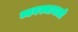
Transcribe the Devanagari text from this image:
व्यवस्थावाली